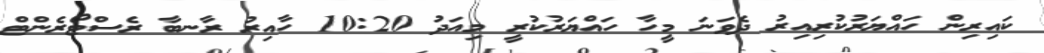
ކައިރިން ހައްޔަރުކުރިއިރު ދެވަނަ މީހާ ހައްޔަރުކުރީ މިއަދު 10:20 ހާއިރު ރާނބާ ރެސްޓޯރެންޓް